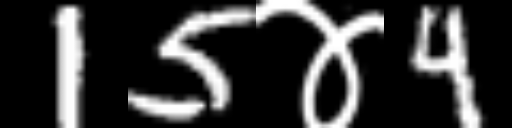
Text: 15४4